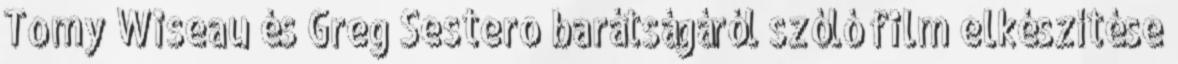
Tomy Wiseau és Greg Sestero barátságáról szóló film elkészítése